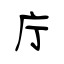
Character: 庁